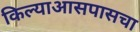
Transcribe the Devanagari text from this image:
किल्याआसपासचा